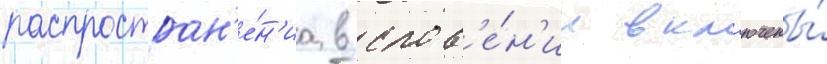
распростран'е́н'иа в слов'е́н'ии вкл'ючены́